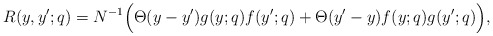
\begin{align*}R(y,y';q)=N^{-1}\Big(\Theta(y-y')g(y;q)f(y';q)+\Theta(y'-y)f(y;q)g(y';q)\Big),\end{align*}